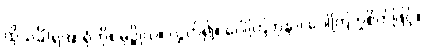
ထိုသင်္ခါရအာရုံကို။ မုဉ္စိုယ။ လွှတ်၍။ ဂေါတြဘုနာ၊ ဂေါတြဘူစိတ်ဖြင့်။